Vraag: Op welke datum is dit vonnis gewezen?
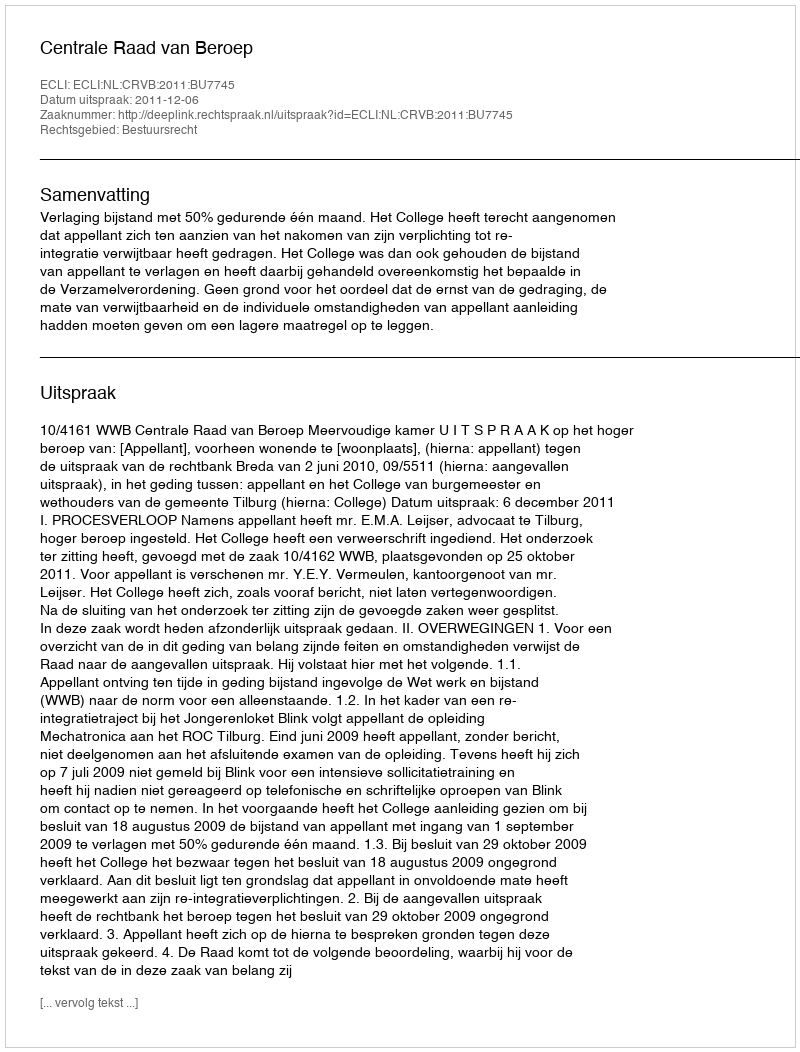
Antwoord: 2011-12-06